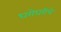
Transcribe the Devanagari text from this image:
घरोघरीचे